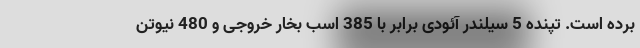
برده است. تپنده 5 سیلندر آئودی برابر با 385 اسب بخار خروجی و 480 نیوتن